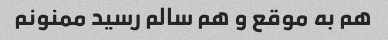
هم به موقع و هم سالم رسید ممنونم